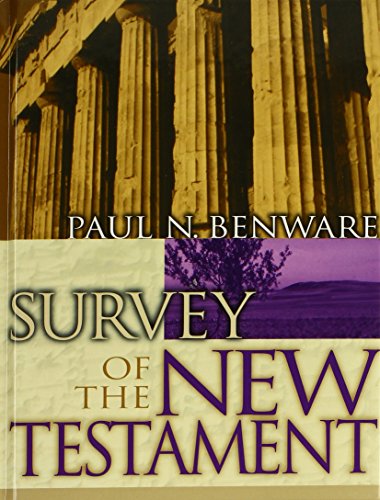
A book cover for Survey of the New Testament; Paul N. Benware; Christian Books & Bibles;